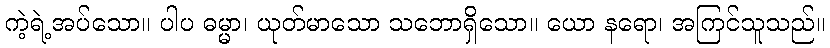
ကဲ့ရဲ့အပ်သော။ ပါပ ဓမ္မာ၊ ယုတ်မာသော သဘောရှိသော။ ယော နရော၊ အကြင်သူသည်။